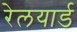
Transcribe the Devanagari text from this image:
रेलयार्ड